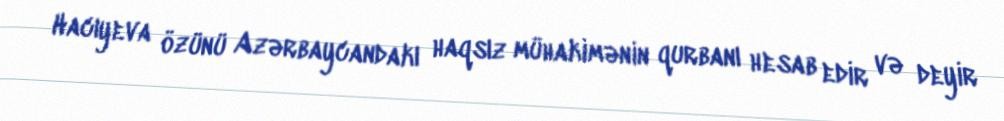
Hacıyeva özünü Azərbaycandakı haqsız mühakimənin qurbanı hesab edir və deyir